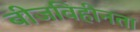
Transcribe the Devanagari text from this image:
बीजविहीनता